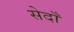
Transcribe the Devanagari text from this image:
सेदाँ